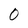
Character: 0